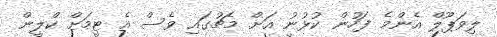
ލިވަޕޫލް އެންމެ ފަހުން ކުޅުނު އަށް މެޗުގައި ވެސް އެ ޓީމަށް ކްލީން